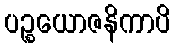
ပဉ္စယောဇနိကာပိ